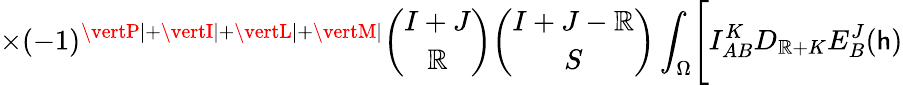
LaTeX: \times(-1)^{\vertP\vert+\vertI\vert+\vertL\vert+\vertM\vert}{\binom{I+J}{\mathbb{R}}}{\binom{I+J-\mathbb{R}}{S}}\int_{\Omega}\Biggl[I_{AB}^{K}D_{\mathbb{R}+K}E_{B}^{J}(\mathsf{h})